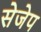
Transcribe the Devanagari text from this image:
सेजेप